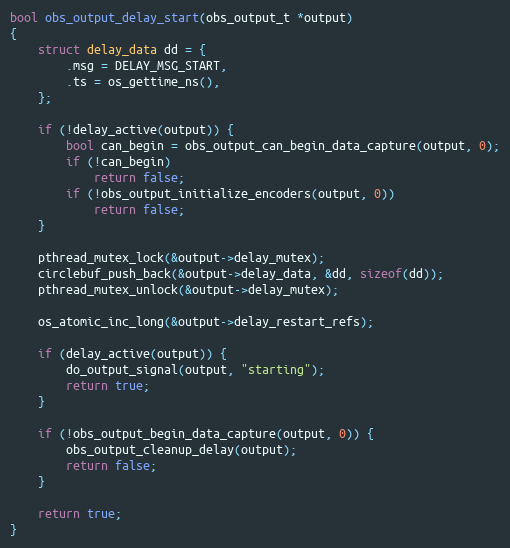
Language: C
bool obs_output_delay_start(obs_output_t *output)
{
	struct delay_data dd = {
		.msg = DELAY_MSG_START,
		.ts = os_gettime_ns(),
	};

	if (!delay_active(output)) {
		bool can_begin = obs_output_can_begin_data_capture(output, 0);
		if (!can_begin)
			return false;
		if (!obs_output_initialize_encoders(output, 0))
			return false;
	}

	pthread_mutex_lock(&output->delay_mutex);
	circlebuf_push_back(&output->delay_data, &dd, sizeof(dd));
	pthread_mutex_unlock(&output->delay_mutex);

	os_atomic_inc_long(&output->delay_restart_refs);

	if (delay_active(output)) {
		do_output_signal(output, "starting");
		return true;
	}

	if (!obs_output_begin_data_capture(output, 0)) {
		obs_output_cleanup_delay(output);
		return false;
	}

	return true;
}